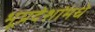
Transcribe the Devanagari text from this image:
भूप्रदेशांमधे